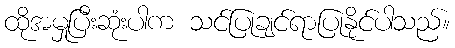
ထိုအမှုပြီးဆုံးပါက သင်ပြုချင်ရာပြုနိုင်ပါသည်။